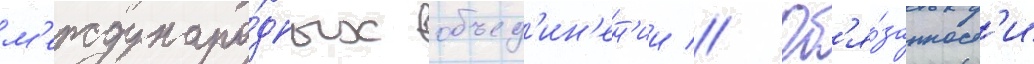
м'еждунаро́дных объед'ин'ен'ии // Об'я́занност'и